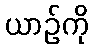
ယာဉ်ကို